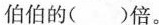
伯伯的()倍。